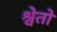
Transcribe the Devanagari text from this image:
श्वेतो